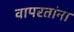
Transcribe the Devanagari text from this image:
वापरतांना